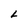
Character: L